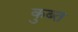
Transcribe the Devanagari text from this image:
कुब्त